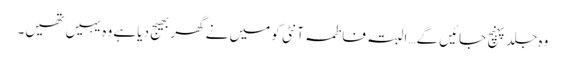
وہ جلد پہنچ جائیں گے…البتہ فاطمہ آنٹی کو میں نے گھر بھیج دیا ہے وہ یہیں تھیں۔